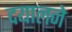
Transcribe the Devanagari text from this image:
दयालने